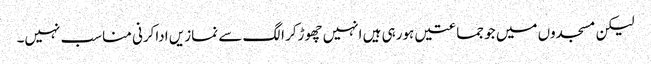
لیکن مسجدوں میں جو جماعتیں ہورہی ہیں انہیں چھوڑکر الگ سے نمازیں اداکرنی مناسب نہیں۔